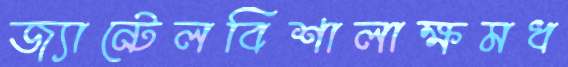
জ্যান্টেলবিশালাক্ষমধ